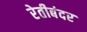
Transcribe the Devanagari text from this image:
रेतीबंदर